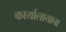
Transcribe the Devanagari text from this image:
कार्यालायाचा